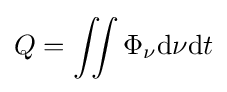
Q=\iint \Phi _{\nu }\mathrm {d} \nu \mathrm {d} t